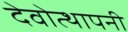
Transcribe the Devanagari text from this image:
देवोत्थापनी